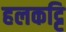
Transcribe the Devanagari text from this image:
हलकट्टि